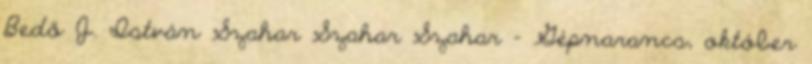
Bedő J. István Szahar Szahar Szahar - Gépnarancs, október